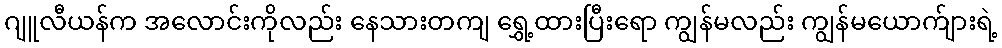
ဂျူလီယန်က အလောင်းကိုလည်း နေသားတကျ ရွှေ့ထားပြီးရော ကျွန်မလည်း ကျွန်မယောက်ျားရဲ့